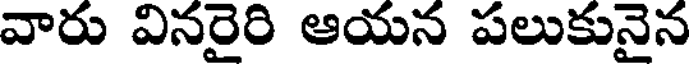
వారు వినరైరి ఆయన పలుకునైన